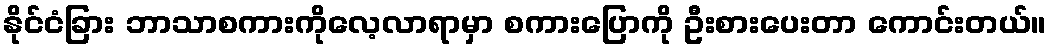
နိုင်ငံခြား ဘာသာစကားကိုလေ့လာရာမှာ စကားပြောကို ဦးစားပေးတာ ကောင်းတယ်။